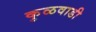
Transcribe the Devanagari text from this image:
कुळवाडी